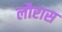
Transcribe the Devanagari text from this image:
लौरास